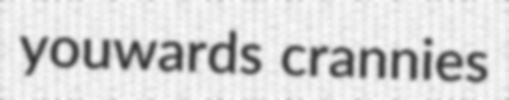
youwards crannies